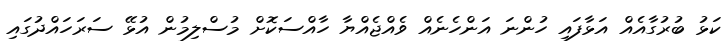
ކަޅު ބުރުގާއެއް އަޅާފައި ހުންނަ އަންހެނެއް ވެއްޖެއްޔާ ހާއްސަކޮށް މުސްލިމުން އުޅޭ ސަރަހައްދުގައި